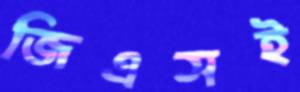
জিএসই